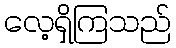
လေ့ရှိကြသည်